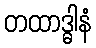
တထာဒ္ဓါနံ